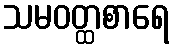
သမဝတ္ထစာရေ